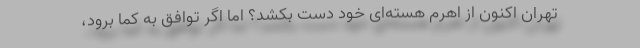
تهران اکنون از اهرم هسته‌ای خود دست بکشد؟ اما اگر توافق به کما برود،